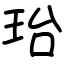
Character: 珆